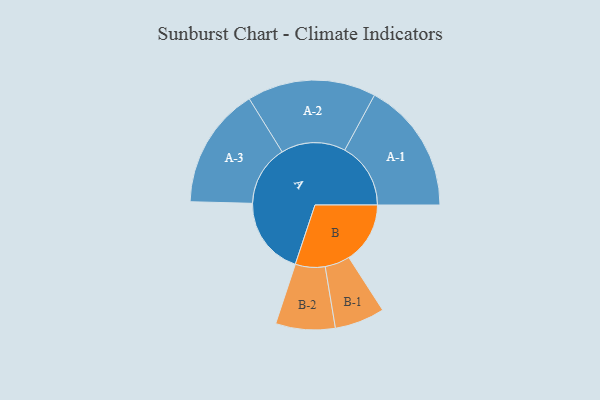
{"axis": {"x": "Segment", "y": "Value"}, "legend": ["", "A", "B"], "data": [{"x": "A", "y": 316, "type": ""}, {"x": "B", "y": 247, "type": ""}, {"x": "A-1", "y": 266, "type": "A"}, {"x": "A-2", "y": 260, "type": "A"}, {"x": "A-3", "y": 245, "type": "A"}, {"x": "B-1", "y": 101, "type": "B"}, {"x": "B-2", "y": 120, "type": "B"}]}